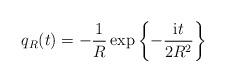
LaTeX: \begin{align*}q_{R}(t)=-\frac{1}{R}\exp\left\{ -\frac{{\rm i}t}{2R^{2}} \right\}\end{align*}